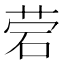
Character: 𰦷